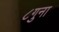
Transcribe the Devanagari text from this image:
८गुना